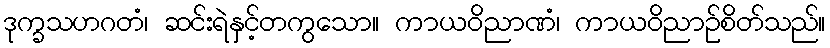
ဒုက္ခသဟဂတံ၊ ဆင်းရဲနှင့်တကွသော။ ကာယဝိညာဏံ၊ ကာယဝိညာဉ်စိတ်သည်။